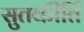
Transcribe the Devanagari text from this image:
सुतकीर्ति